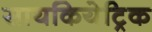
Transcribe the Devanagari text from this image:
सायकियेट्रिक